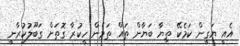
އެއީ ޔަގީން ކަމެކޭ ތިޔާ ބަޔާން ތައް ތަމެން ހީކުރާ ގޮތަށް ގަބޫލުކުރާނީ